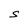
Character: S